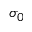
\sigma _ { 0 }